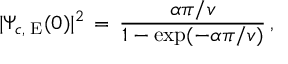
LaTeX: | \Psi _ { c , \mathrm { \tiny ~ E } } ( 0 ) | ^ { 2 } \, = \, \frac { \alpha \pi / v } { 1 - \mathrm { e x p } ( - \alpha \pi / v ) } \, ,